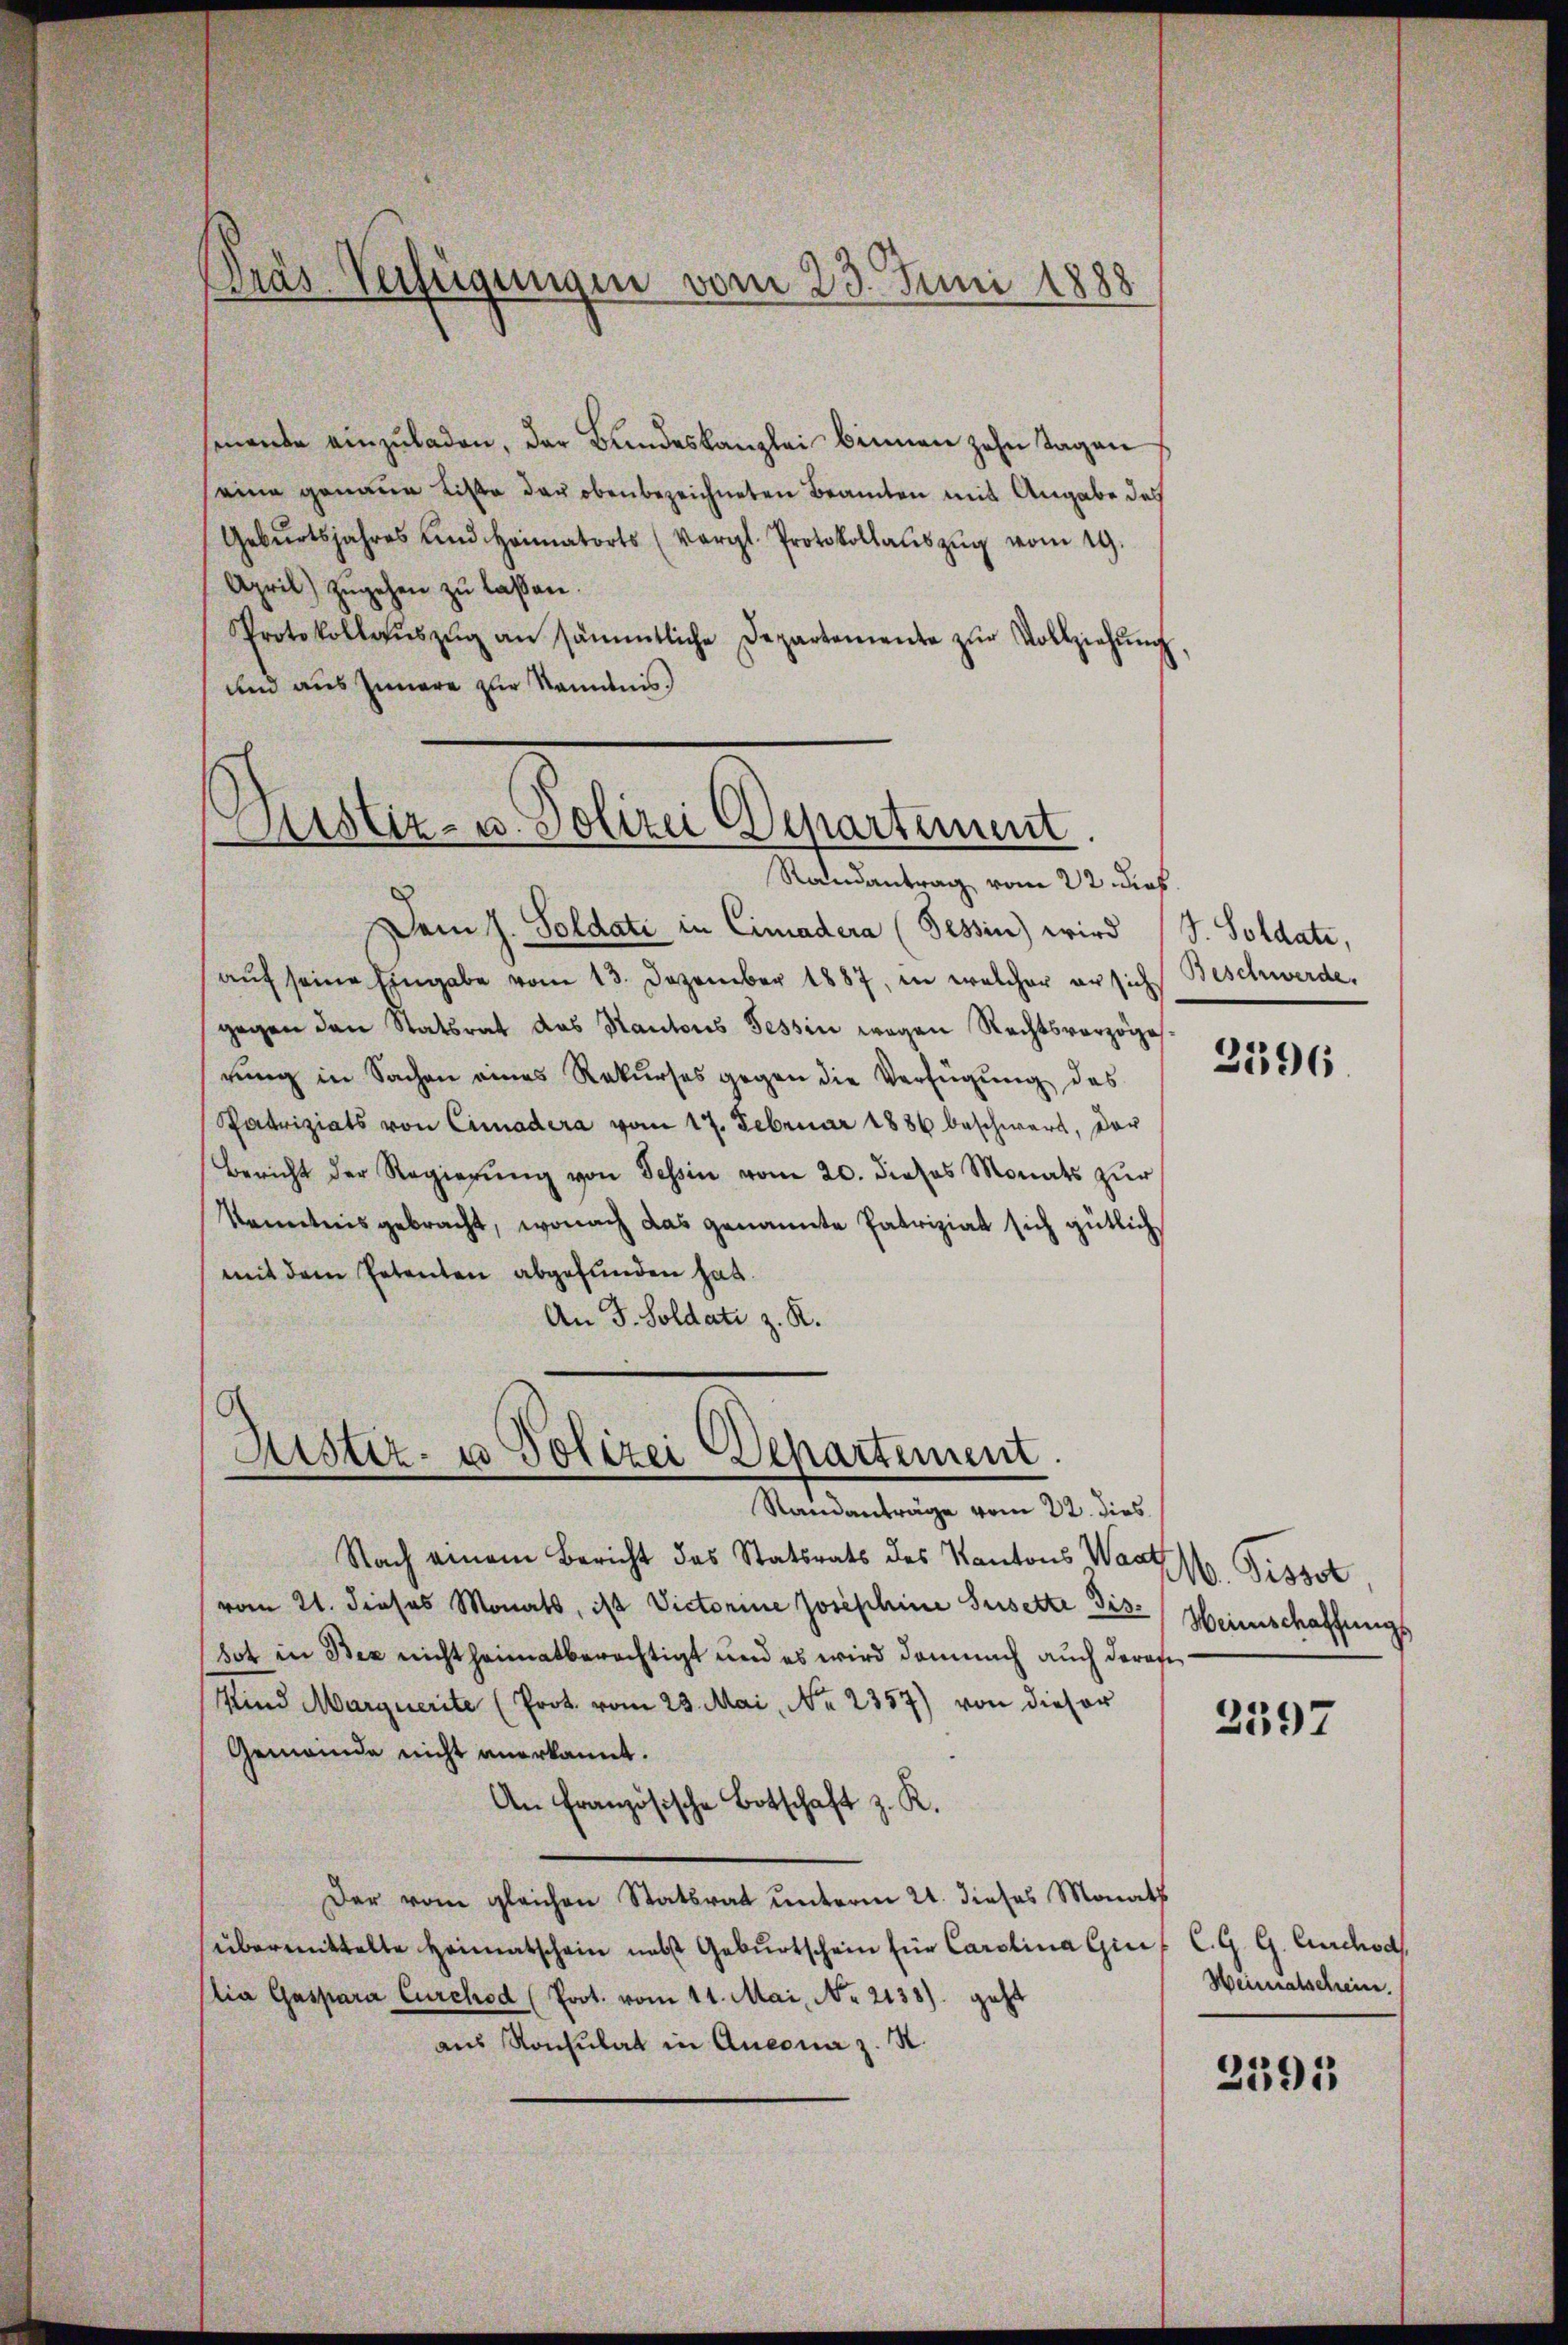
Dräs-Verfügungen vom 23. Juni 1888

senende einzŭladen, der Bundeskanzlei binnen zehn Tagen
seine genaue Liste der obenbezeichneten Beamten mit Angabe des
Gebŭrtsjahres und Heimatorts (Vergl. Protokollaŭszŭg vom 19.
April) zŭgehen zu laßen.
Protokollaŭszŭg an sämmtliche Departemente zŭr Vollziehŭng
und aus Innere zur Kenntnis.

Justiz- u. Polizei Departement.
Randantrag vom 22. dief.

Dem J. Soldati in Cinadera (Tessin) wird (S. Soldate,
auf seine Eingabe vom 13. Dezember 1887, in welcher er sich
gegen den Statsrat das Kantons Tessin wegen Rechtsverzöge
rung in Sachen eines Rekurses gegen die Verfügung des
Patriziats von Cimadera vom 17. Februar 1886 beschwart, der
Bericht der Regierŭng von Tessin vom 20. dieses Monats zŭr
Kenntnis gebracht, wonach das genannte Patriziat sich gütlich
mit dem Petenten abgefunden hat.
An J. Soldati z. R.

.
Justiz- u Polizei Departement.
Randanträge vom 22. dies

Nach einem Bericht des Statsrats des Kantons Wartl Pissot
vom 21. dieses Monats, ist Victorine Josephine Susette Disbot in Bex nicht heimatberechtigt und es wird demnach auch darafe
Kind Marquerite (Prot. vom 23. Mai, No. 2357) von dieser
Gemeinde nicht anerkannt.
An Französische Botschaft z. R.
Der vom gleichen Statsrat unterm 21. dieses Monath
übermittelte Heimatschein nebst Gebŭrtschein für Carolina Greif C.G. G. Curchod
Dia Gaspara Curchod (Prot. vom 11. Mai, No. 2138) geht
aus Konsulat in Ansona z. R.

Beschwerde.

2596

Weinschaffungs

2597

Weimatschein.

2391